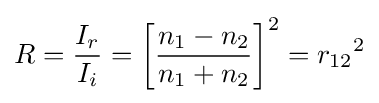
R={\frac {I_{r}}{I_{i}}}=\left\lbrack {\frac {n_{1}-n_{2}}{n_{1}+n_{2}}}\right\rbrack ^{2}={r_{12}}^{2}